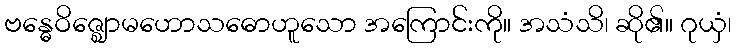
ဗန္ဓေဝိဇ္ဈောမဟောသဓောဟူသော အကြောင်းကို။ အသံသိ၊ ဆို၏။ ဂုယှံ၊